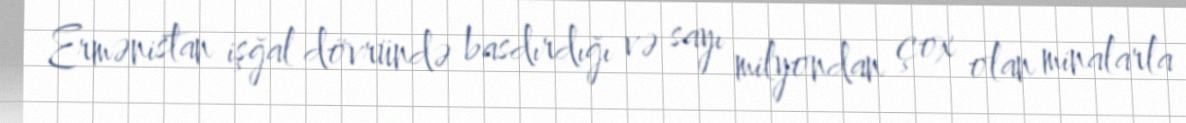
Ermənistan işğal dövründə basdırdığı və sayı milyondan çox olan minalarla